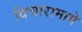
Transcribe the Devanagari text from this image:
विचारामागे